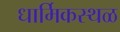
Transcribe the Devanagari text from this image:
धार्मिकस्थळ